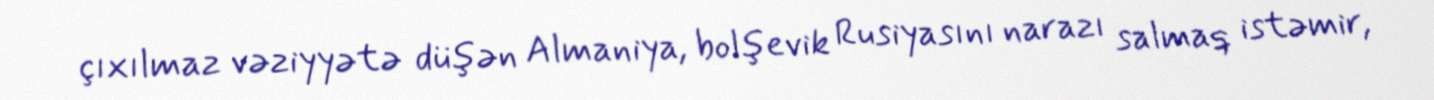
çıxılmaz vəziyyətə düşən Almaniya, bolşevik Rusiyasını narazı salmaq istəmir,